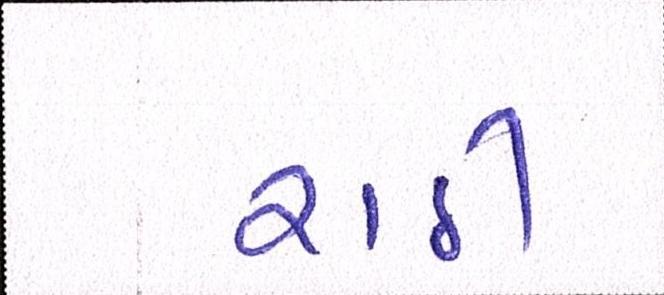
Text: રાઠી